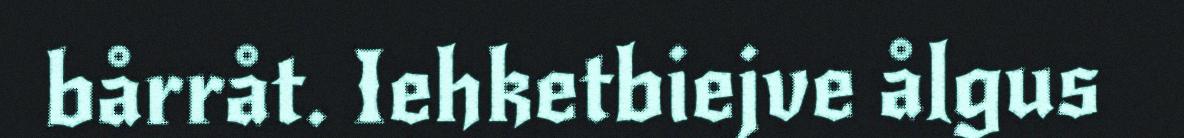
bårråt. Iehketbiejve ålgus